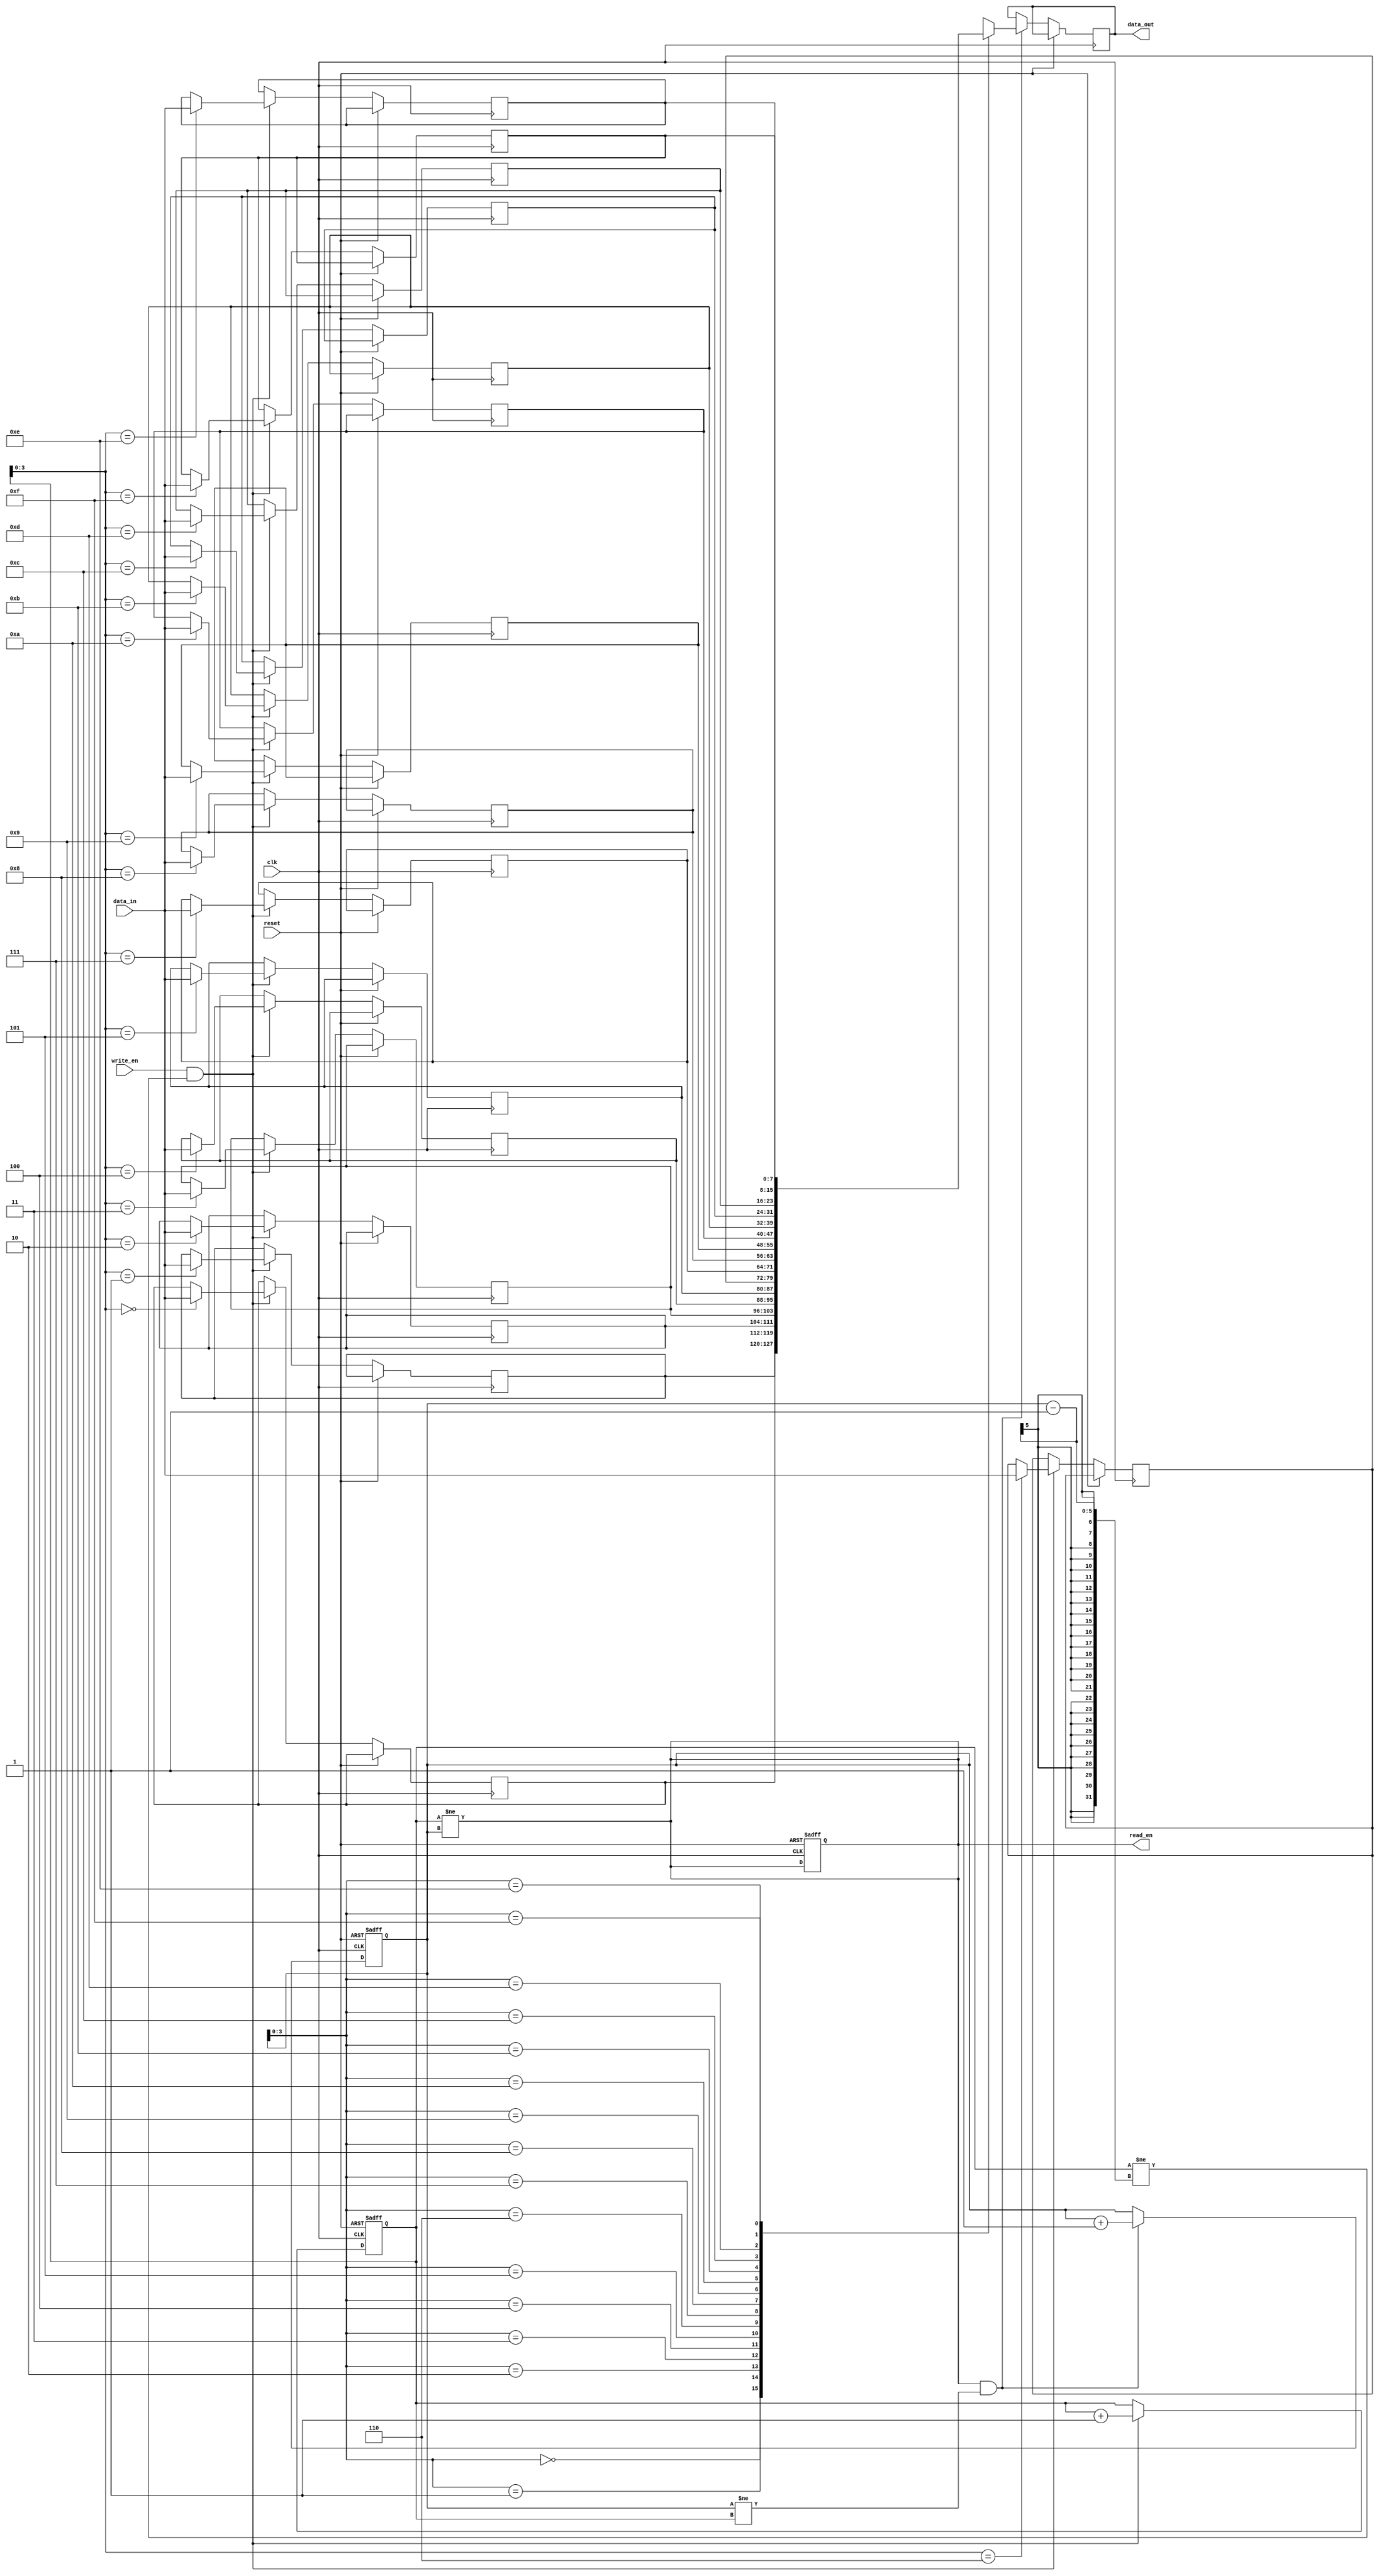
module synchronous_fifo (
  input wire clk,
  input wire reset,
  input wire write_en,
  input wire [DATA_WIDTH-1:0] data_in,
  output wire read_en,
  output wire [DATA_WIDTH-1:0] data_out
);

parameter DEPTH = 16;
parameter DATA_WIDTH = 8;

reg [DATA_WIDTH-1:0] memory [DEPTH-1:0];
reg read_en;
reg [4:0] write_ptr;
reg [4:0] read_ptr;

always @(posedge clk or posedge reset) begin
  if (reset) begin
    write_ptr <= 5'b0;
    read_ptr <= 5'b0;
    read_en <= 1'b0;
  end else begin
    if (write_en && (write_ptr != read_ptr - 1)) begin
      memory[write_ptr] <= data_in;
      write_ptr <= write_ptr + 1;
    end
    
    if (read_en && (read_ptr != write_ptr)) begin
      data_out <= memory[read_ptr];
      read_ptr <= read_ptr + 1;
    end
  end
end

assign read_en = (write_ptr != read_ptr);

endmodule